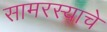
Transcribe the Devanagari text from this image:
सामरस्याचे